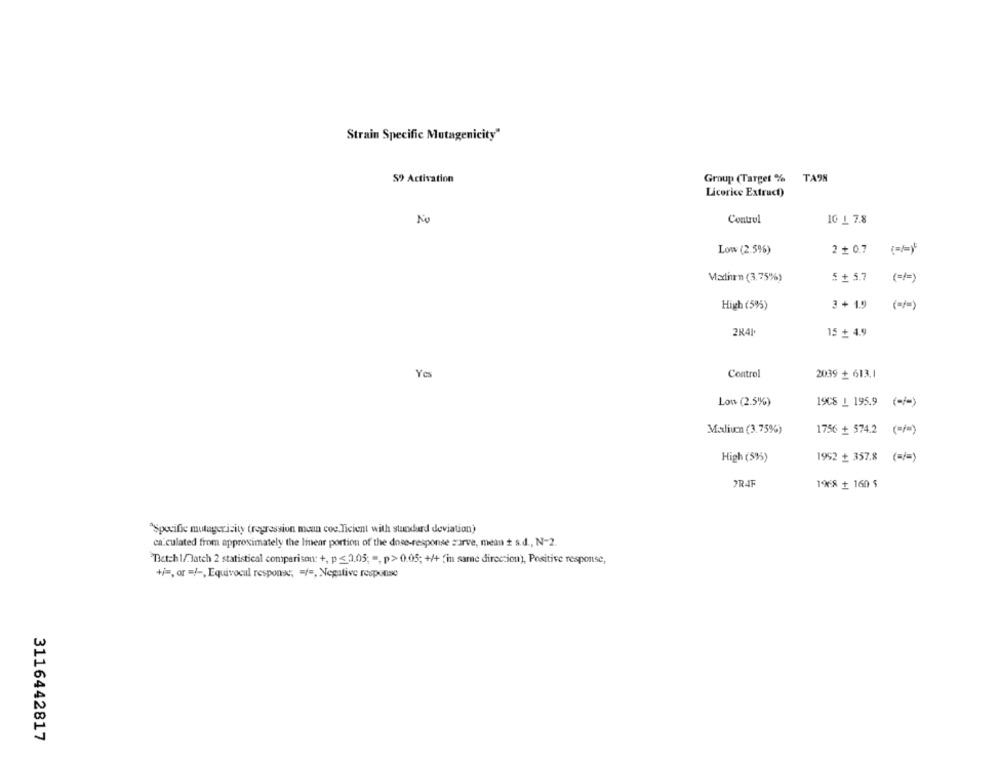
Strain Specific Mutagenicity"
59 Activation
Group (Target %
TA98
Licorice Extract)
No
Control
10 1 7.8
Low (2.5%)
2 + 0.7
Madhrn (3,75%)
$ + 5.7
(=/=)
High (5%)
3 + 1.9
2K41
15 + 4.9
Control
2039 + 613.1
Low (2.5%)
19CS 1 195.9 (-/-)
Maliun (3.75%)
1756 + 574.2 (=/=)
High (5%%)
1952 + 357.8 (=/=)
1968 + 160 5
"Specific mutagericity (regression mean coe.Ticient with standard deviation)
ca.culated from approximately the linear portion of the dose-response zirve, men ż s.d ., N-2.
Betch1/3atch 2 statistical comparison: +, p <2.05; ", p> 0.05; +/+ (in same direction), Positive response,
+/ -, or =/ -, Equivocal response, = / =, Negative response
3116442817